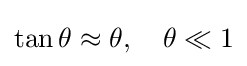
\tan \theta \approx \theta ,\quad \theta \ll 1